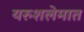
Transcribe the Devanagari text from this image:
यरुशलेमात